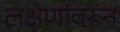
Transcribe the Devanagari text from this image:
लक्षणांवरून